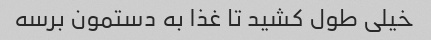
خیلی طول کشید تا غذا به دستمون برسه